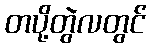
တပို့တွဲလတွင်